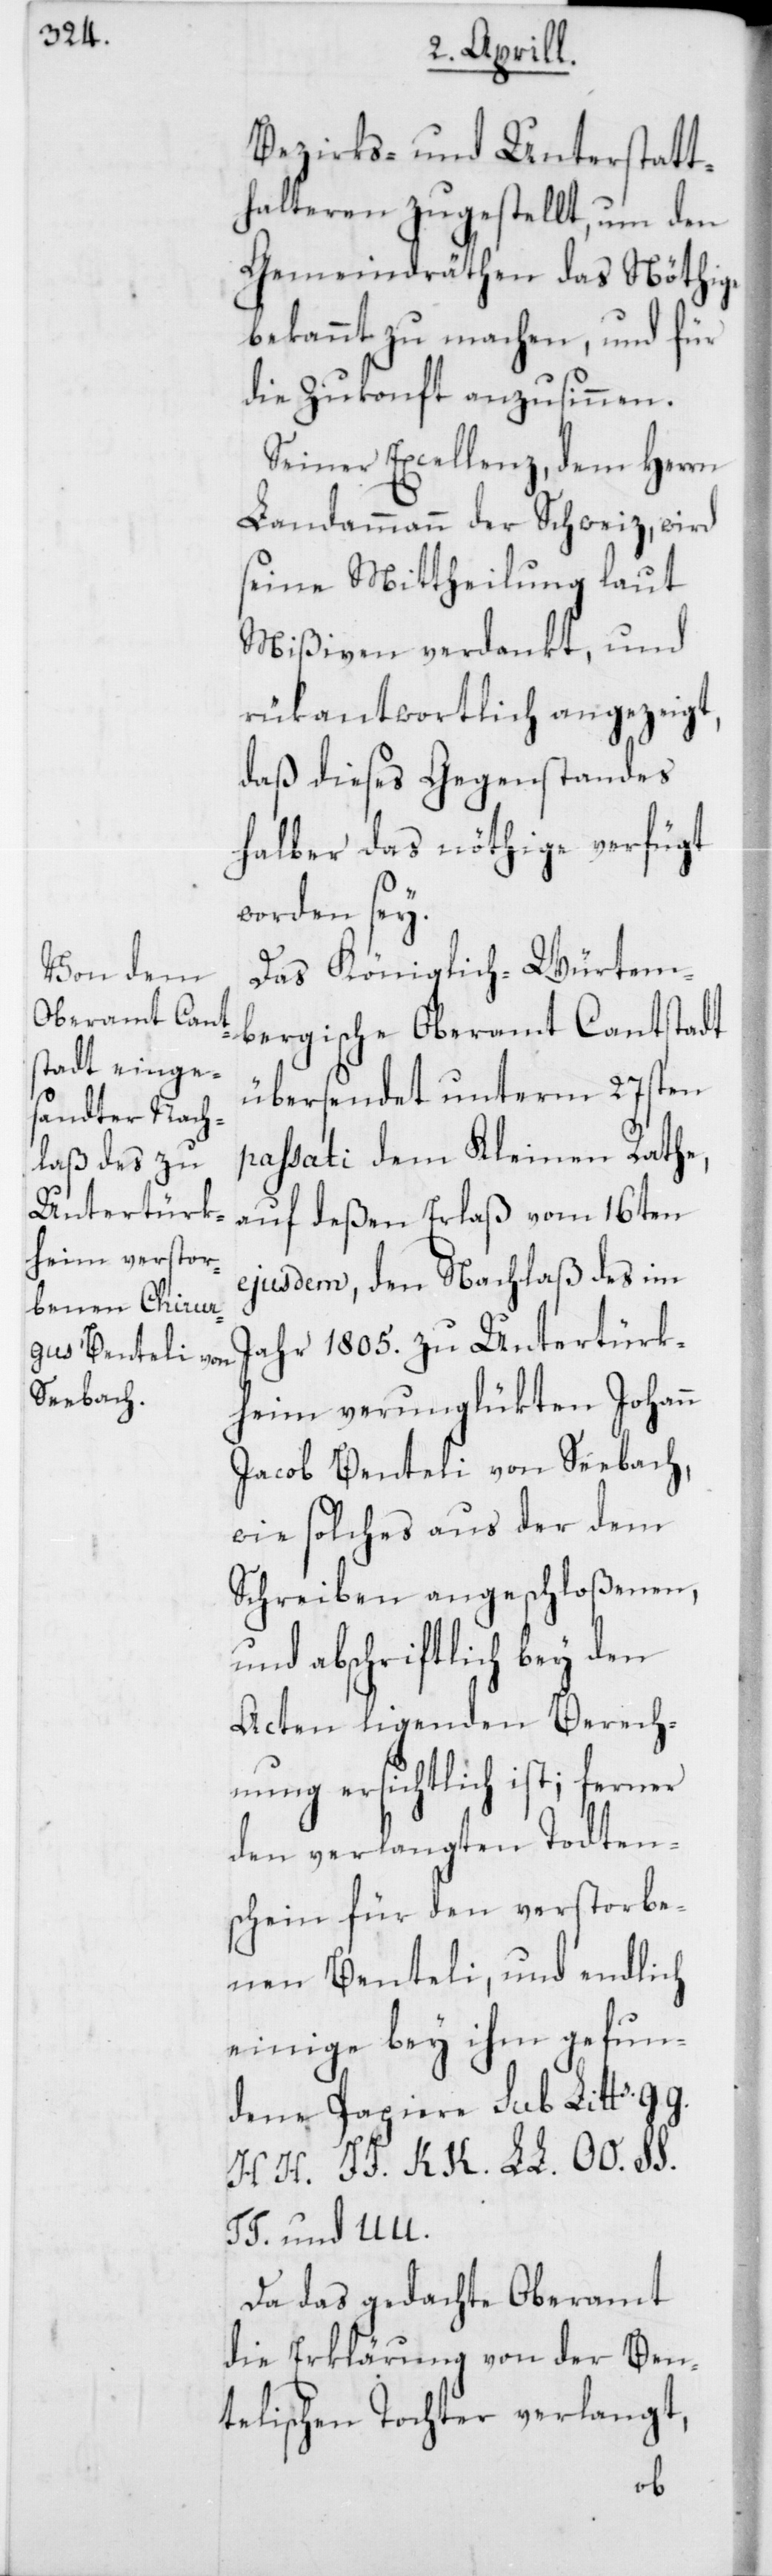
Bezirks- und Unterstatt¬
halteren zugestellt, um den
Gemeindräthen das Nöthige
bekannt zu machen, und für
die Zukonft anzusinnen.
Seiner Excellenz, dem Herrn
Landammann der Schweiz, wird
seine Mittheilung laut
Mißiven verdankt, und
rükantwortlich angezeigt,
daß dieses Gegenstandes
halber das nöthige verfügt
worden sey.
Das Königlich-Würtem¬
bergische Oberamt Cannstadt
übersendet unterm 27sten
passati dem kleinen Rathe,
auf deßen Erlaß vom 16ten
ejusdem, den Nachlaß des im
Jahr 1805. zu Untertürk¬
heim verunglükten Johann
Jacob Benteli von Seebach,
wie solches aus der dem
Schreiben angeschloßenen,
und abschriftlichh bey den
Acten ligenden Berech¬
nung ersichtlich ist; ferner
den verlangten Todten¬
schein für den verstorbe¬
nen Benteli, und endlich
einige bey ihm gefun¬
dene Papiere sub Litt.
HH. JJ. KK. LL. OO. SS.
TT. und UU.
Da das gedachte Oberamt
die Erklärung von der Ben¬
telischen Tochter verlangt,